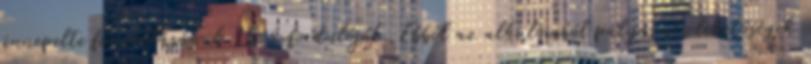
ünnepelte fennállásának 15. évfordulóját. Ebből az alkalomból pályázati lehetőségek